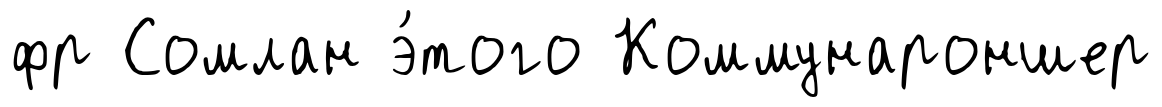
фр Сомлан э́того Коммунароншер